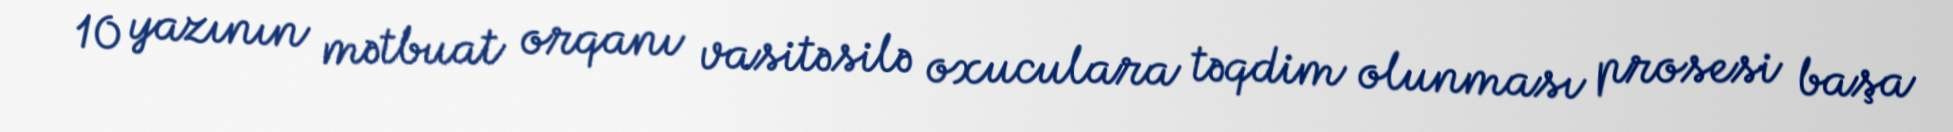
10 yazının mətbuat orqanı vasitəsilə oxuculara təqdim olunması prosesi başa